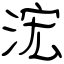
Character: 浤